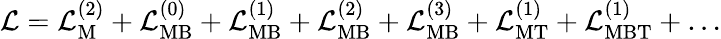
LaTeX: {\cal L}={\cal L}_{\mathrm{M}}^{(2)}+{\cal L}_{\mathrm{MB}}^{(0)}+{\cal L}_{\mathrm{MB}}^{(1)}+{\cal L}_{\mathrm{MB}}^{(2)}+{\cal L}_{\mathrm{MB}}^{(3)}+{\cal L}_{\mathrm{MT}}^{(1)}+{\cal L}_{\mathrm{MBT}}^{(1)}+\ldots